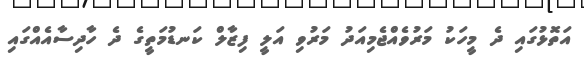
އަތޮޅުގައި ދެ މީހަކު މަރުވެއްޖެމިއަދު މަރުވި އަލީ ފިޒާލް ކަނޑުމަތީގެ ދެ ހާދިސާއެއްގައި